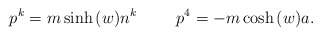
\begin{align*}p^{k} = m \sinh{(w)} n^{k} \hspace{1cm} p^{4} = -m \cosh{(w)} a.\end{align*}